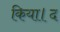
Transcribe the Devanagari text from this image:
किया।द